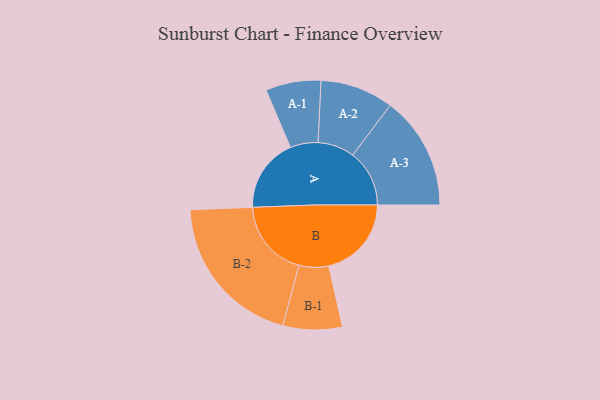
{"axis": {"x": "Segment", "y": "Value"}, "legend": ["", "A", "B"], "data": [{"x": "A", "y": 270, "type": ""}, {"x": "B", "y": 302, "type": ""}, {"x": "A-1", "y": 101, "type": "A"}, {"x": "A-2", "y": 134, "type": "A"}, {"x": "A-3", "y": 207, "type": "A"}, {"x": "B-1", "y": 108, "type": "B"}, {"x": "B-2", "y": 285, "type": "B"}]}